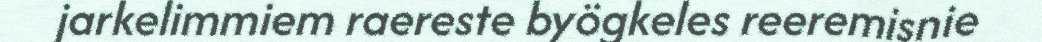
jarkelimmiem raereste byögkeles reeremisnie